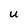
Character: U